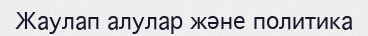
Жаулап алулар және политика